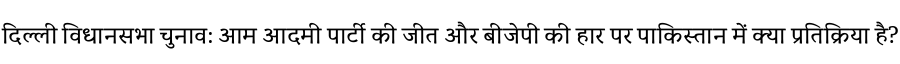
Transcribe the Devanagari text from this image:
दिल्ली विधानसभा चुनाव: आम आदमी पार्टी की जीत और बीजेपी की हार पर पाकिस्तान में क्या प्रतिक्रिया है?